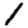
Digit: 1